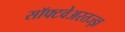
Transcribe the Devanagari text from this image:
सॉफ्टवेअरतज्ज्ञ